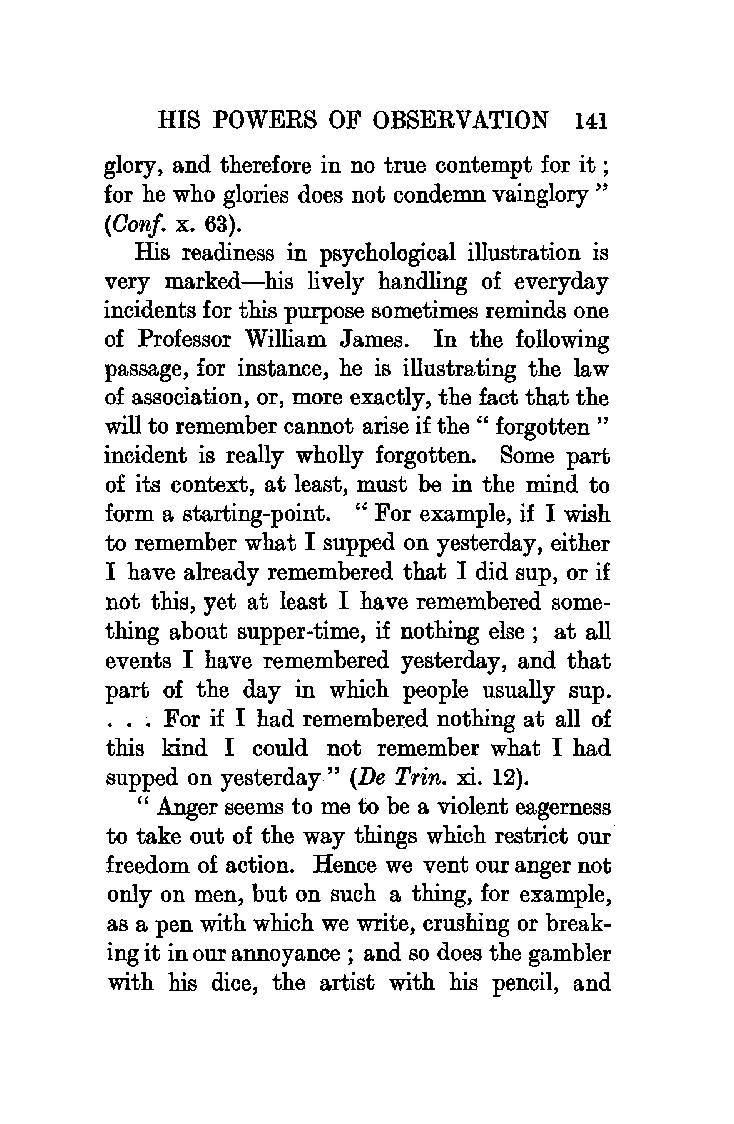
HIS POWERS  OF OBSERVATION  141
 glory, and therefore in no true contempt for it ;
 for he who glories does not condemn vainglory "
 (Oonj. x. 63).
 His readiness in psychological illustration is
 very marked-his lively handling of everyday
 incidents for this purpose sometimes reminds one
 of Professor William James. In the following
 passage, for instance, he is illustrating the law
 of association, or, more exactly, the fact that the
 will to remember cannot arise if the " forgotten "
 incident is really wholly forgotten. Some part
 of its context, at least, must be in the mind to
 form a starting-point. " For example, if I wish
 to remember what I supped on yesterday, either
 I have already remembered that I did sup, or if
 not this, yet at least I have remembered some
 thing about supper-time, if nothing else ; at all
 events I have remembered yesterday, and that
 part of the day in which people usually sup.
 . . . For if I had remembered nothing at all of
 this kind I could not remember what I had
 supped on yesterday " (De Trin. xi. 12).
 " Anger seems to me to be a violent eagerness
 to take out of the way things which restrict our
 freedom of action. Hence we vent our anger not
 only on men, but on such a thing, for example,
 as a pen with which we write, crushing or break
 ing it in our annoyance ; and so does the gambler
 with his dice, the artist with his pencil, and